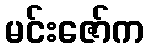
မင်းဇော်က